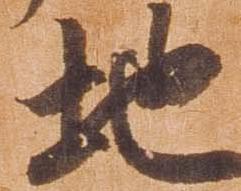
地